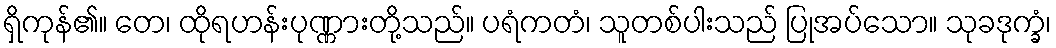
ရှိကုန်၏။ တေ၊ ထိုရဟန်းပုဏ္ဏားတို့သည်။ ပရံကတံ၊ သူတစ်ပါးသည် ပြုအပ်သော။ သုခဒုက္ခံ၊